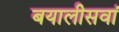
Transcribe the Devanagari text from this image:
बयालीसवां